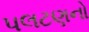
પલટણનો